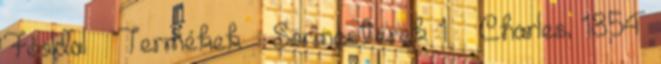
Főoldal Termékek Sörmesterek 1 – Charles, 1854